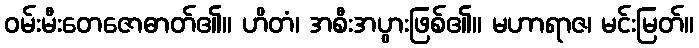
ဝမ်းမီးတေဇောဓာတ်၏။ ဟိတံ၊ အစီးအပွားဖြစ်၏။ မဟာရာဇ၊ မင်းမြတ်။